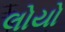
લોયો